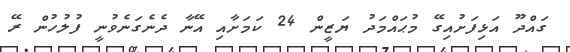
ގައްދޫ އަޅިފަށުއިގޭ މުޙައްމަދު ޔަޒީން 24 ކަމަށާއި އޭނާ ދެނެގަނެވުނީ ފުލުހުން ރޭ